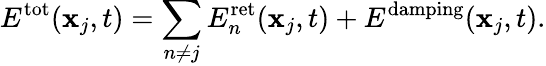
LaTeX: E^{\mathrm{tot}}(\mathbf{x}_{j},t)=\sum_{n\neq j}E_{n}^{\mathrm{ret}}(\mathbf{x}_{j},t)+E^{\mathrm{damping}}(\mathbf{x}_{j},t).